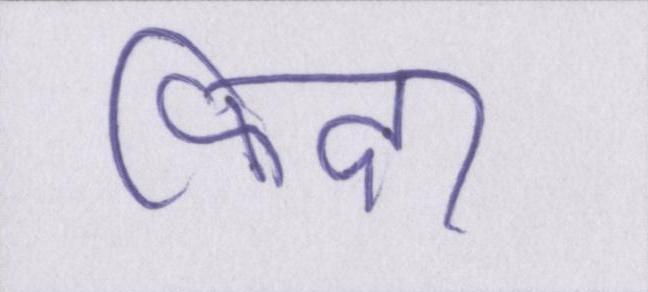
फिदा